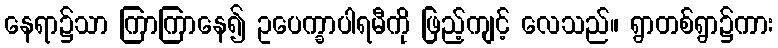
နေရာ၌သာ ကြာကြာနေ၍ ဥပေက္ခာပါရမီကို ဖြည့်ကျင့် လေသည်။ ရွာတစ်ရွာ၌ကား